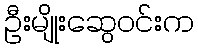
ဦးမျိုးဆွေဝင်းက